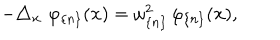
LaTeX: - \triangle _ { \mathbf { x } } \mathbf { \, \, } \varphi _ { \{ n \} } ( \mathbf { x } ) = \omega _ { \{ n \} } ^ { 2 } \, \varphi _ { \{ n \} } ( \mathbf { x } ) ,